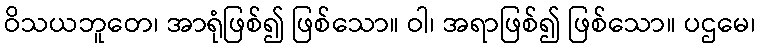
ဝိသယဘူတေ၊ အာရုံဖြစ်၍ ဖြစ်သော။ ဝါ၊ အရာဖြစ်၍ ဖြစ်သော။ ပဌမေ၊